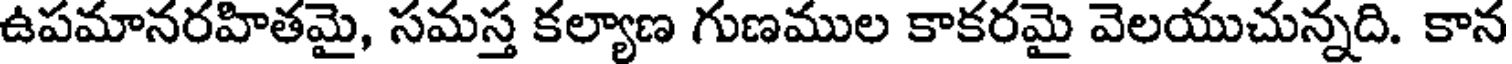
ఉపమానరహితమై, సమస్త కల్యాణ గుణముల కాకరమై వెలయుచున్నది. కాన